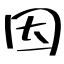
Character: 因